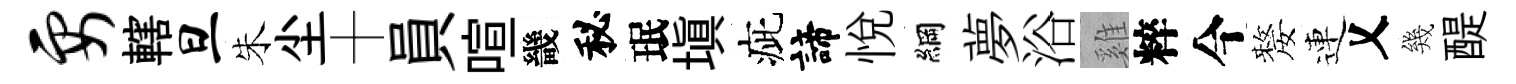
要轄旦朱尘十員喧畿秘珉塡疵諦悦綱夢浴雞粹今嫠連乂幾醍